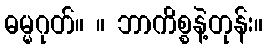
ဓမ္မဂုတ်။ ။ ဘာကိစ္စနဲ့တုန်း။